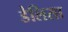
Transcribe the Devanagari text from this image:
डेलिसा